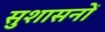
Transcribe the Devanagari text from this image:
सुशासनों